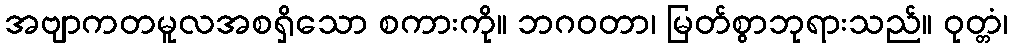
အဗျာကတမူလအစရှိသော စကားကို။ ဘဂဝတာ၊ မြတ်စွာဘုရားသည်။ ဝုတ္တံ၊